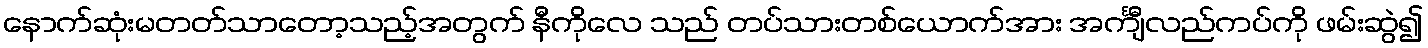
နောက်ဆုံးမတတ်သာတော့သည့်အတွက် နီကိုလေ သည် တပ်သားတစ်ယောက်အား အင်္ကျီလည်ကပ်ကို ဖမ်းဆွဲ၍